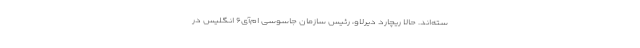
سته‌اند. حالا ریچارد دیرلاو، رئیس سازمان جاسوسی ام‌آی۶ انگلیس در